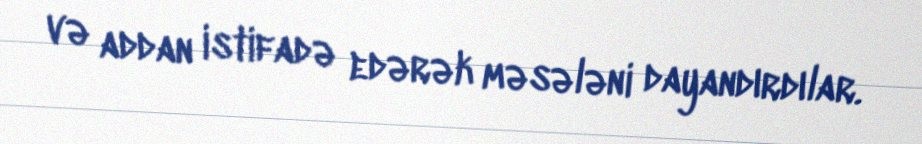
və addan istifadə edərək məsələni dayandırdılar.